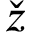
\check { z }